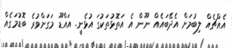
އެއްޗެއް ލިބުމަށް އެދޭބައެއް ނޫން އެ އަތޮޅުތަކުގަ އުޅެނީ. އައްޑޫ މަގަށްވުރެ ބޮޑުމަގެއް